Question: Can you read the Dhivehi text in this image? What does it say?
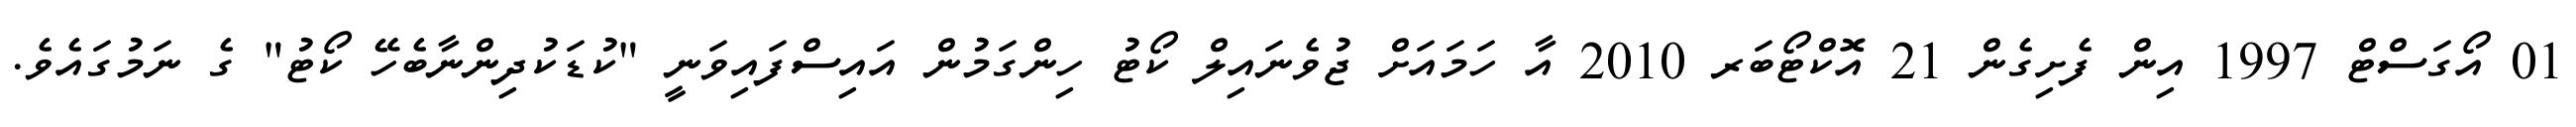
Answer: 01 އޯގަސްޓް 1997 އިން ފެށިގެން 21 އޮކްޓޯބަރ 2010 އާ ހަމައަށް ޖުވެނައިލް ކޯޓު ހިންގަމުން އައިސްފައިވަނީ "ކުޑަކުދިންނާބެހޭ ކޯޓު" ގެ ނަމުގައެވެ.